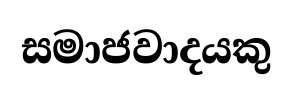
සමාජවාදයකු